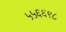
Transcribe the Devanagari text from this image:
५५६६९८